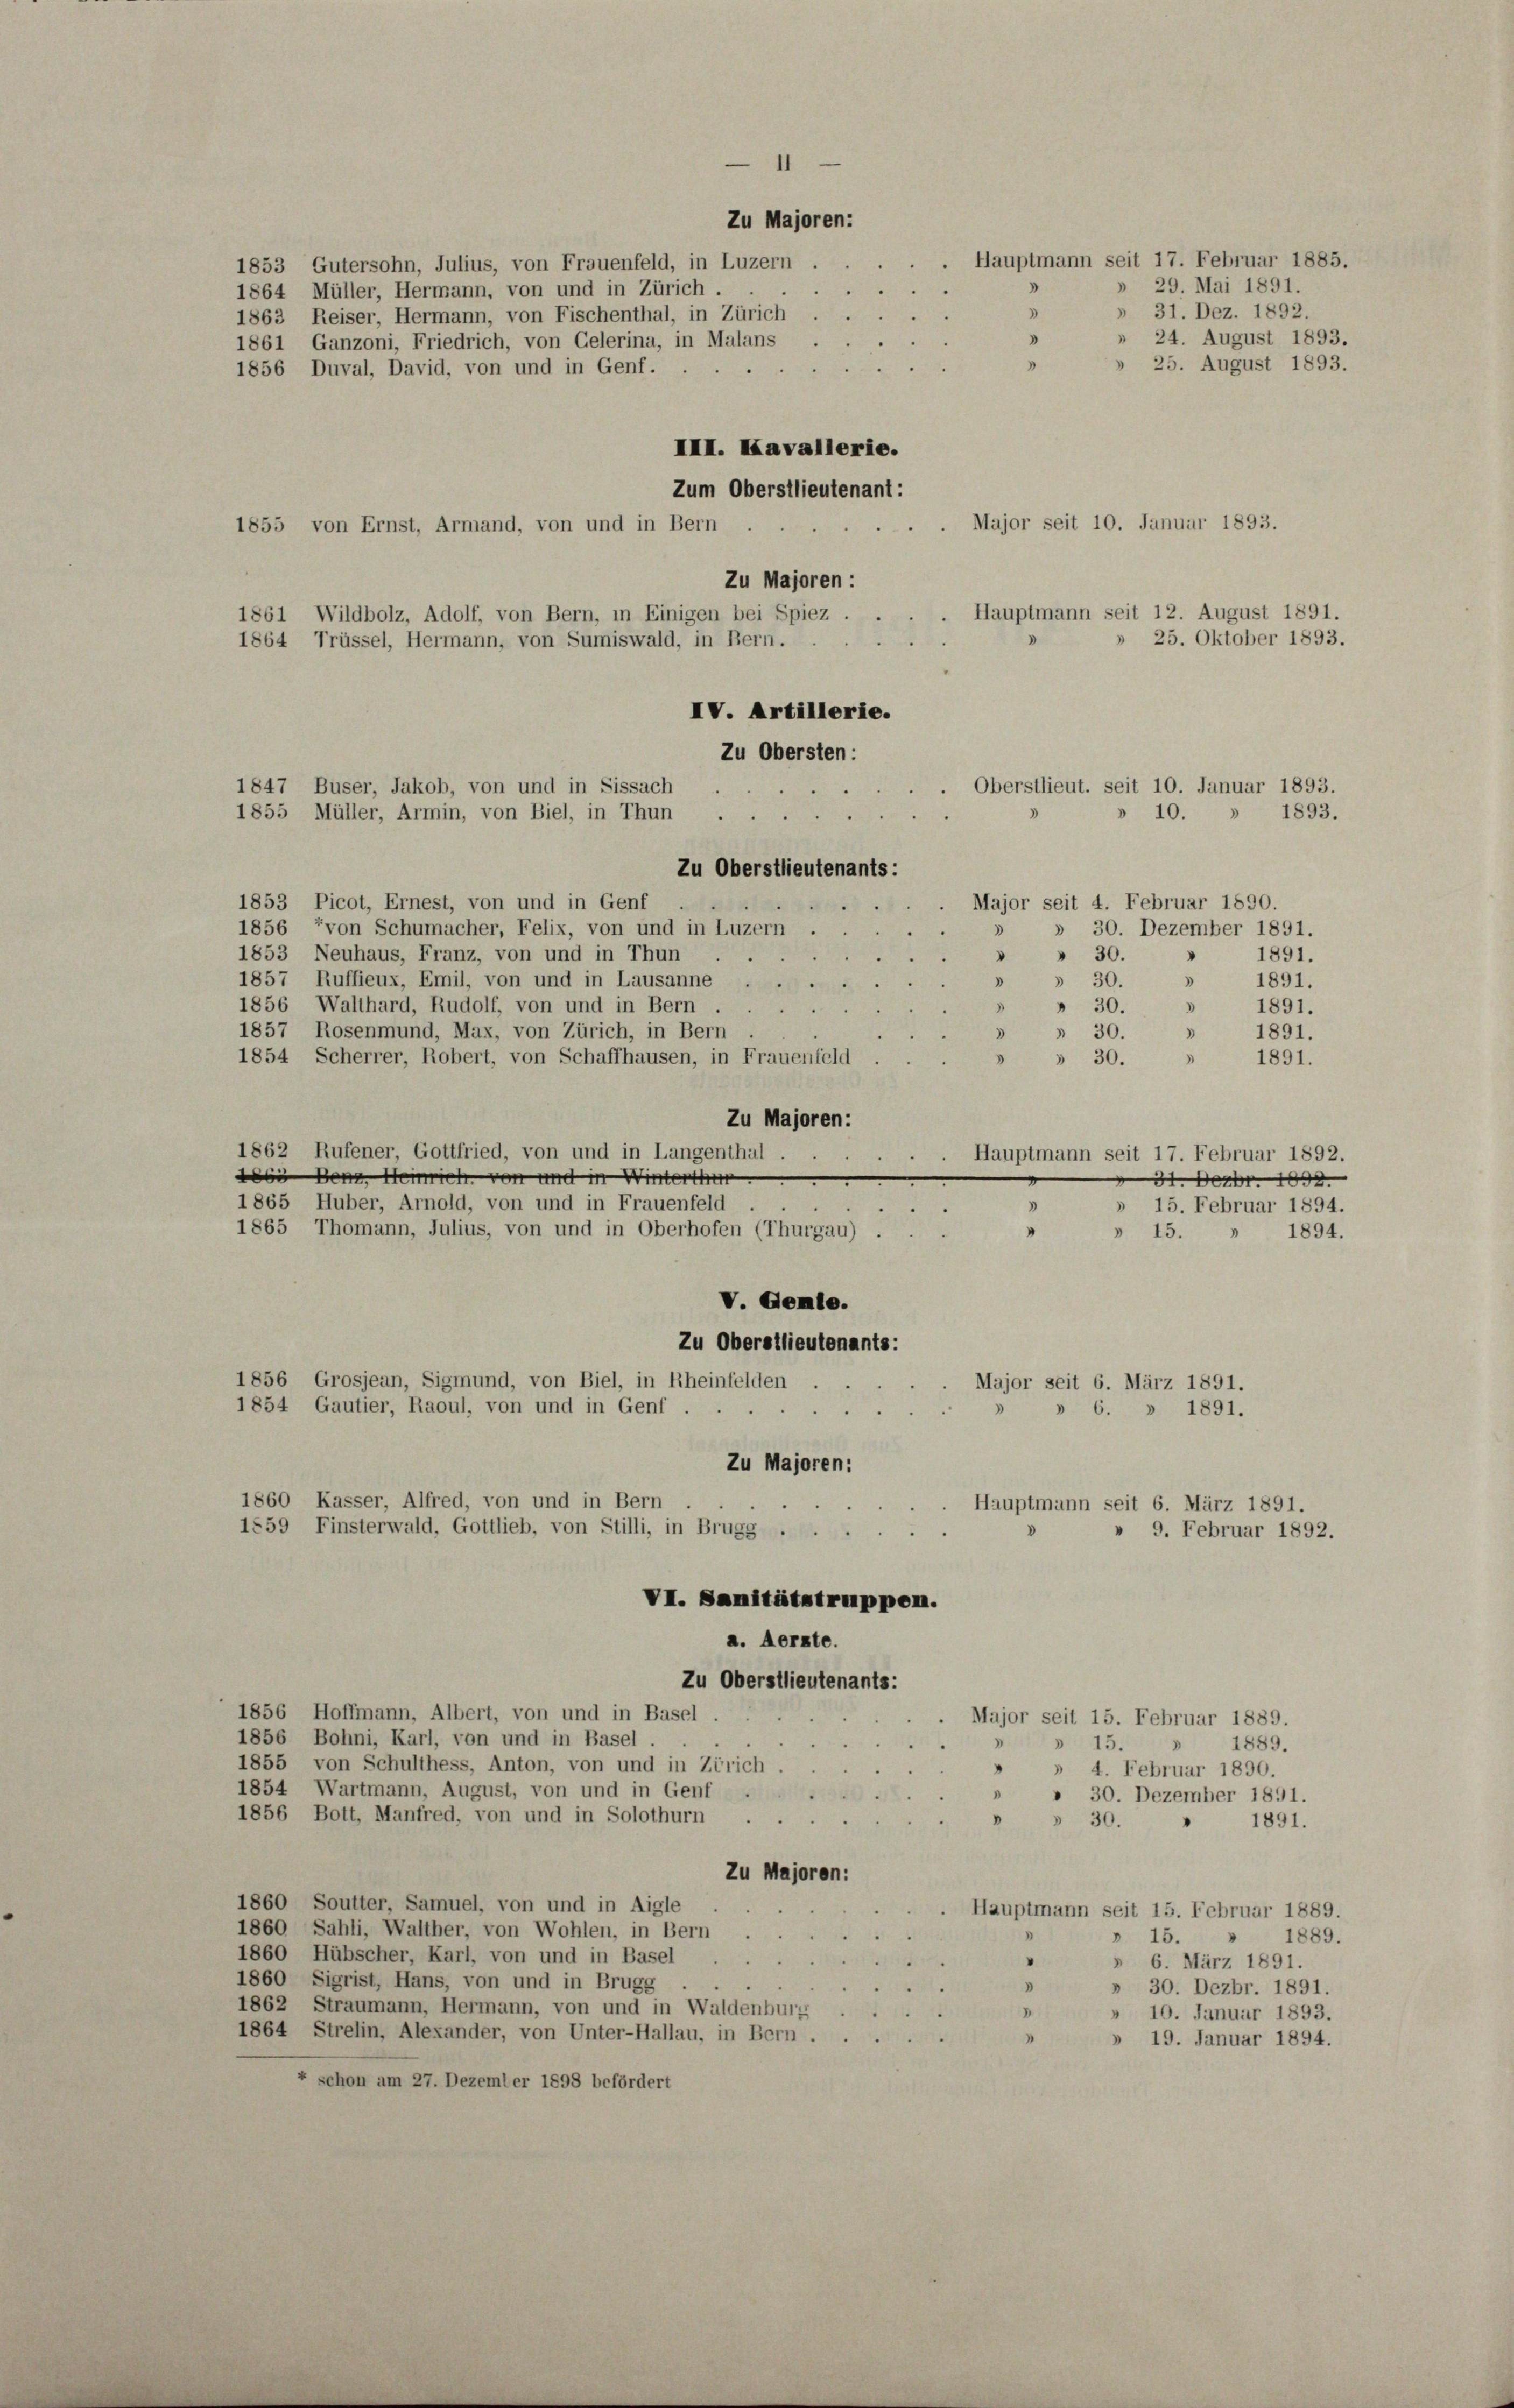
1853 Gutersohn, Julius, von Frauenfeld, in Luzern
1864 Müller, Hermann, von und in Zürich

1863 Reiser, Hermann, von Fischenthal, in Zürich
1861 Ganzoni, Friedrich, von Gelerina, in Malans

1856 Duval, David, von und in Genf.
III. Kavallerie.
Zum Oberstlieutenant:
Major seit 10. Januar 1893.
1855 von Ernst, Armand, von und in Bern
Zu Majoren :
Hauptmann seit 12. August 1891.
1861 Wildbolz, Adolf, von Bern, in Einigen bei Spiez.
25. Oktober 1893.
1864 Trüssel, Hermann, von Sumiswald, in Bern.
IV. Artillerie.
Zu Obersten:

1
Zu Majoren:
3

Oberstlieut. seit 10. Januar 1893.
1847 Buser, Jakob, von und in Sissach
.
.
» 10.

1855 Müller, Armin, von Biel, in Thun .
Zu Oberstlieutenants:
1853 Picot, Ernest, von und in Genf
Major seit 4. Februar 1890.
1856 von Schumacher, Felix, von und in Luzern
» » 30. Dezember 1891.
1853 Neuhaus, Franz, von und in Thun
d
" " 30.
1857 Ruffieux, Emil, von und in Lausanne
3
» 30.

Hauptmann seit 17. Februar 1885.
» 29. Mai 1891.
» 31. Dez. 1892.
» 24. August 1893.
» 25. August 1893.

1893.
1891.
1891.
3
» 30.
1856 Walthard, Rudolf, von und in Bern . .
1891.
1857 Rosenmund, Max, von Zürich, in Bern
» 30. » 1891.
1854 Scherrer, Robert, von Schaffhausen, in Frauenfeld
3
» 30.
1891.
Zu Majoren:
1862 Rufener, Gottfried, von und in Langenthal.
Hauptmann seit 17. Februar 1892.
 Dem Heinrich von und in Winterthur
 31. Decbr. 1892.
1865 Huber, Arnold, von und in Frauenfeld
3
» 15. Februar 1894.
1865 Thomann, Julius, von und in Oberhofen (Thurgau) ...
“
1894.
» 15.
V. Aemte.
Zu Oberstlieutenants:
1856 Grosjean, Sigmund, von Biel, in Rheinfelden
Major seit 6. März 1891.
1854 Gautier, Raoul, von und in Genf
» 6. » 1891.
Zu Majoren:
1860 Kasser, Alfred, von und in Bern
Hauptmann seit 6. März 1891.
1559 Finsterwald, Gottlieb, von Stilli, in Brugg ...
» 9. Februar 1892.
VI. Sanitätstruppen.
a. Aerzte.
Zu Oberstlieutenants:
1856 Hoffmann, Albert, von und in Basel
Major seit 15. Februar 1889.
1856 Bohni, Karl, von und in Basel ...
» 15. » 1889.
1855 von Schulthess, Anton, von und in Zürich
» 4. Februar 1890.
1854 Wartmann, August, von und in Genf
» 30. Dezember 1891.
1856 Bott, Manfred, von und in Solothurn
 30.
1891.
Zu Majoren:
1860 Soutter, Samuel, von und in Aigle
Hauptmann seit 15. Februar 1889
1860 Sahli, Walther, von Wohlen, in Bern
1889.
 15.
"
1860 Hübscher, Karl, von und in Basel
» 6. März 1891.
1860 Sigrist, Hans, von und in Brugg.
» 30. Dezbr. 1891.
1862 Straumann, Hermann, von und in Waldenburg
.
» 10. Januar 1893.
1864 Strelin, Alexander, von Unter-Hallau, in Bern.
.
» 19. Januar 1894.
+ schon am 27. Dezember 1898 befördert